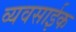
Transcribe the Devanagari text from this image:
व्यवसाईक